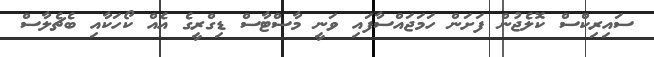
ސައިރިކްސް ކޮލެޖުން ފަށަން ހަމަޖައްސާފައި ވަނީ މާސްޓާސް ޑިގްރީގެ އެއް ކޯހަކާއި ބެޗެލާސް